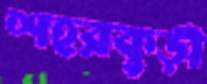
শহরকুড়ী